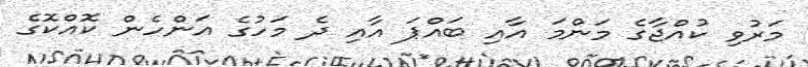
މަރުވި ކުއްޖާގެ މަންމަ އާއި ބައްޕަ އާއި ދެ މަހުގެ އަންހެން ކޮއްކޮގެ